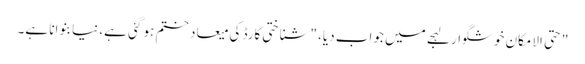
" حتی الامکان خوشگوار لہجے میں جواب دیا، "شناختی کارڈ کی میعاد ختم ہو گئی ہے، نیا بنوانا ہے۔